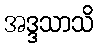
အဒ္ဒသာသိ